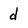
Character: d